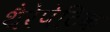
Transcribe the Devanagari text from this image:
थैरेपेटिक